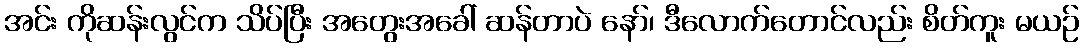
အင်း ကိုဆန်းလွင်က သိပ်ပြီး အတွေးအခေါ် ဆန်တာပဲ နော်၊ ဒီလောက်တောင်လည်း စိတ်ကူး မယဉ်